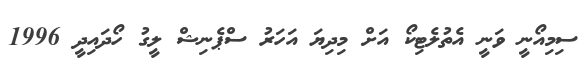
ސިމިއޯނީ ވަނީ އެތުލެޓިކޯ އަށް މިދިޔަ އަހަރު ސްޕެނިޝް ލީގު ހޯދައިދީ 1996